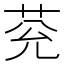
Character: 𦮀